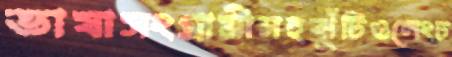
ভাষাসংগ্রামীসহঝুঁটিওলেংচ